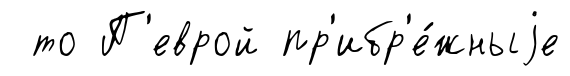
то П'еврой пр'ибр'е́жныjе